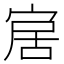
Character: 𡨢